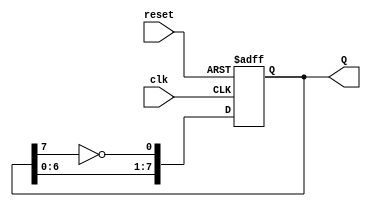
module johnson_counter (
    input wire clk,       // Clock input
    input wire reset,     // Asynchronous reset
    output reg [7:0] Q    // 8-bit output
);

// Always block triggered on the rising edge of the clock or reset
always @(posedge clk or posedge reset) begin
    if (reset) begin
        // Initialize the counter to 00000000 on reset
        Q <= 8'b00000000;
    end else begin
        // Johnson counter state transition
        Q[0] <= ~Q[7]; // D0 = NOT Q7
        Q[1] <= Q[0];  // D1 = Q0
        Q[2] <= Q[1];  // D2 = Q1
        Q[3] <= Q[2];  // D3 = Q2
        Q[4] <= Q[3];  // D4 = Q3
        Q[5] <= Q[4];  // D5 = Q4
        Q[6] <= Q[5];  // D6 = Q5
        Q[7] <= Q[6];  // D7 = Q6
    end
end

endmodule